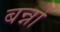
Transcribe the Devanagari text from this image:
बन्नों